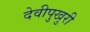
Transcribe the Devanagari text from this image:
देवीपुखुरी